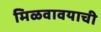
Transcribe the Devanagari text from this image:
मिळवावयाची